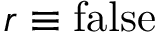
r \equiv \mathrm { f a l s e }